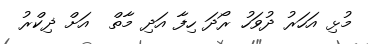
މުޅި އަހަރު ދުވަހު ރޯދަ ހިފާ އަދި މާތް  އަށް ޛިކްރު